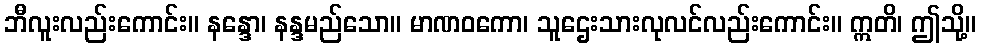
ဘီလူးလည်းကောင်း။ နန္ဒော၊ နန္ဒမည်သော။ မာဏဝကော၊ သူဌေးသားလုလင်လည်းကောင်း။ ဣတိ၊ ဤသို့။